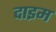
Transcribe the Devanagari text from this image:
दाइम